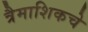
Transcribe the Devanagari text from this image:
त्रैमाशिकचे